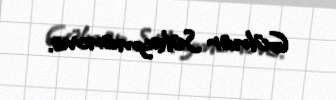
Gülnar Süleymanova.